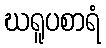
ဃရူပစာရံ